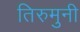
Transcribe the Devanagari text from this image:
तिरुमुनी